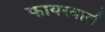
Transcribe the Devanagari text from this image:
फायरवालें